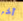
آخر